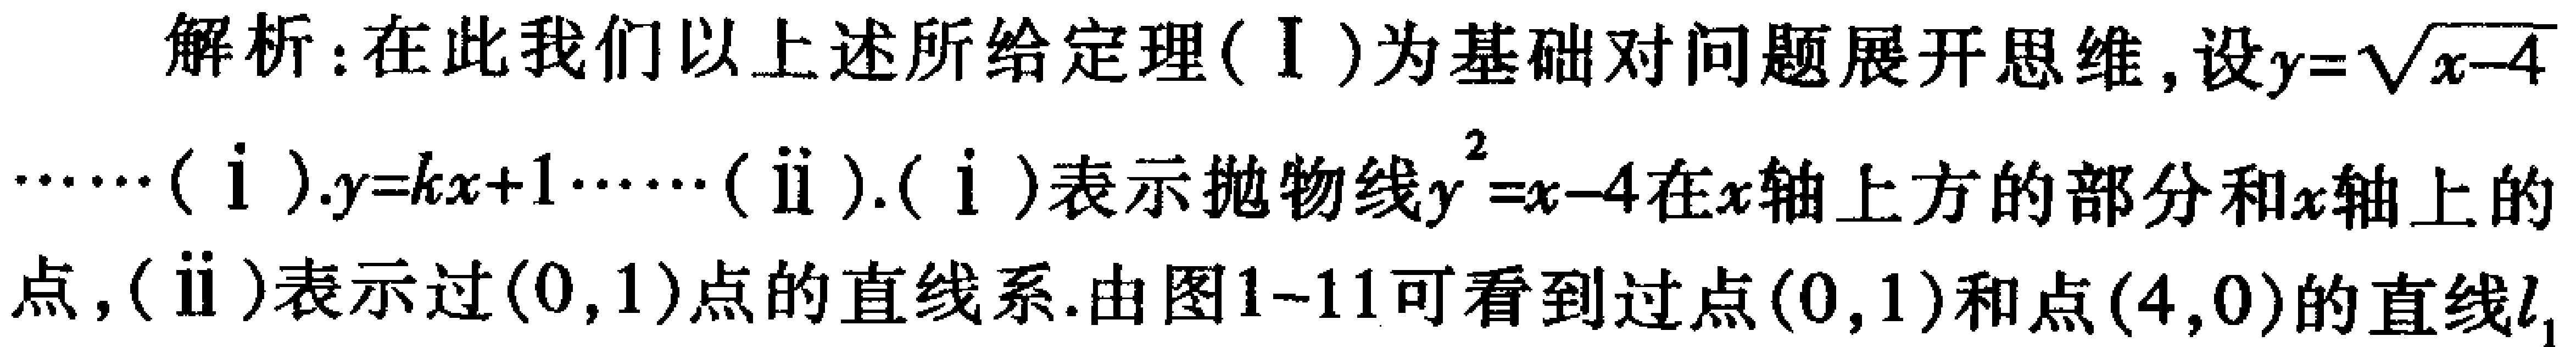
解析：在此我们以上述所给定理(Ⅰ)为基础对问题展开思维, 设$y = \sqrt{x - 4}$

$\cdots \cdots$(ⅰ).$y=kx + 1\cdots \cdots$(ⅱ).(ⅰ)表示抛物线$y^{2}=x - 4$在$x$轴上方的部分和$x$轴上的

点,(ⅱ)表示过$(0,1)$点的直线系.由图1-11可看到过点$(0,1)$和点$(4,0)$的直线$l$,